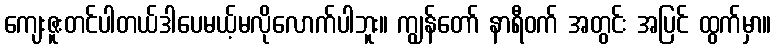
ကျေးဇူးတင်ပါတယ်ဒါပေမယ့်မလိုလောက်ပါဘူး။ ကျွန်တော် နာရီဝက် အတွင်း အပြင် ထွက်မှာ။